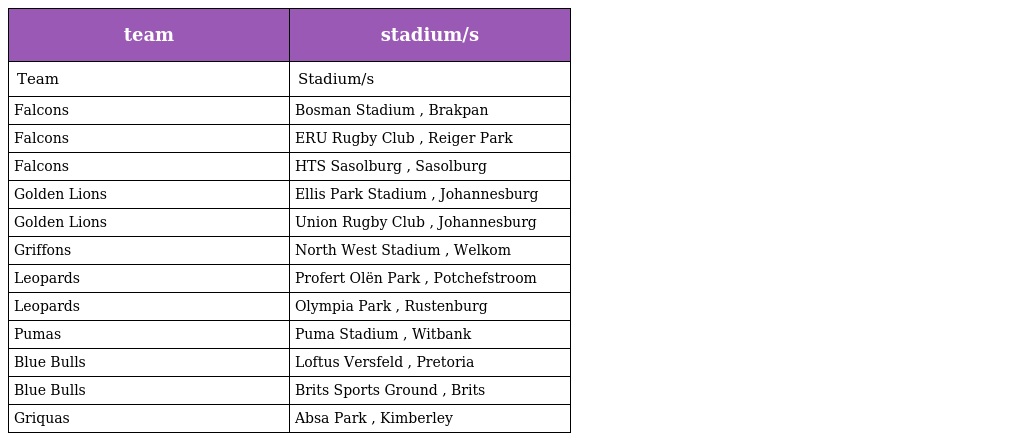
| team | stadium/s |
 | --- | --- |
 | Team | Stadium/s |
 | Falcons | Bosman Stadium , Brakpan |
 | Falcons | ERU Rugby Club , Reiger Park |
 | Falcons | HTS Sasolburg , Sasolburg |
 | Golden Lions | Ellis Park Stadium , Johannesburg |
 | Golden Lions | Union Rugby Club , Johannesburg |
 | Griffons | North West Stadium , Welkom |
 | Leopards | Profert Olën Park , Potchefstroom |
 | Leopards | Olympia Park , Rustenburg |
 | Pumas | Puma Stadium , Witbank |
 | Blue Bulls | Loftus Versfeld , Pretoria |
 | Blue Bulls | Brits Sports Ground , Brits |
 | Griquas | Absa Park , Kimberley |